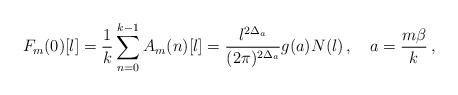
LaTeX: \begin{align*}F_m(0)[l]=\frac{1}{k}\sum\limits_{n=0}^{k-1}A_m(n)[l]=\frac{l^{2\Delta_a}}{(2\pi)^{2\Delta_a}}g(a)N(l)\,,\quad a=\frac{m\beta}{k}\,,\end{align*}